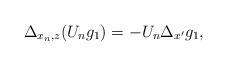
LaTeX: \begin{align*} \Delta_{x_n,z} (U_n g_1) = - U_n \Delta_{x'} g_1 ,\end{align*}